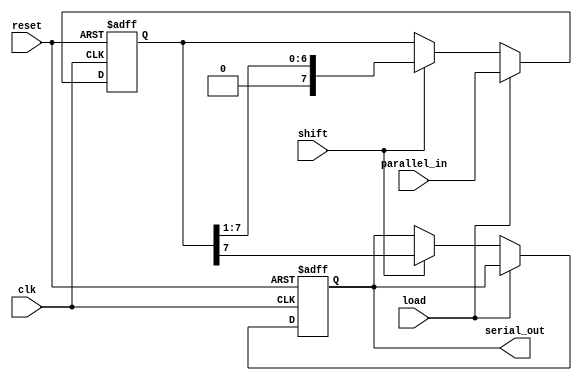
module PISO_Register #(
    parameter N = 8  // Configurable width of the register
)(
    input wire [N-1:0] parallel_in, // Parallel input data
    input wire load,                 // Load control signal
    input wire shift,                // Shift control signal
    input wire clk,                  // Clock signal
    input wire reset,                // Asynchronous reset signal
    output reg serial_out            // Serial output
);

    // Internal register to hold the data
    reg [N-1:0] shift_reg;

    // Asynchronous reset and loading data
    always @(posedge clk or posedge reset) begin
        if (reset) begin
            shift_reg <= {N{1'b0}}; // Clear the register
            serial_out <= 1'b0;     // Clear the serial output
        end else if (load) begin
            shift_reg <= parallel_in; // Load parallel data
        end else if (shift) begin
            // Shift the data and output the MSB
            serial_out <= shift_reg[N-1]; // Output the MSB
            shift_reg <= {1'b0, shift_reg[N-1:1]}; // Shift right
        end
    end

endmodule